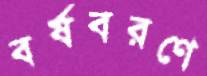
বর্ষবরণে